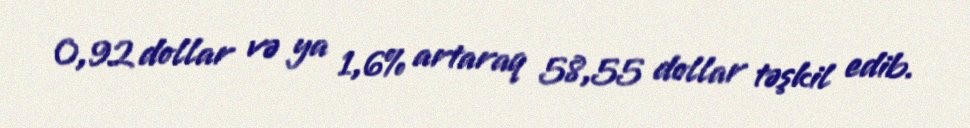
0,92 dollar və ya 1,6% artaraq 58,55 dollar təşkil edib.